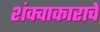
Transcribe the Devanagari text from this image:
शंक्वाकाराचे